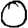
Digit: 0